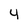
Character: 4